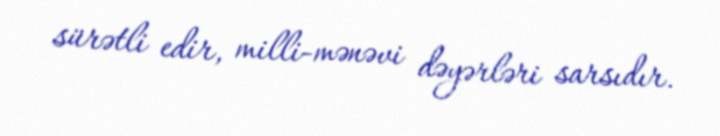
sürətli edir, milli-mənəvi dəyərləri sarsıdır.